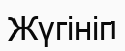
Жүгініп